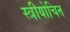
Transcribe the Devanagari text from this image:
स्त्रीयोचित